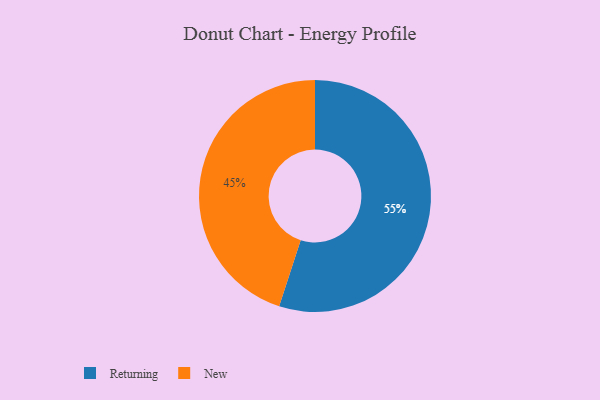
{"axis": {"x": "Category", "y": "Percentage"}, "legend": ["New", "Returning"], "data": [{"x": "New", "y": 45, "type": "New"}, {"x": "Returning", "y": 55, "type": "Returning"}]}